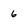
Character: 6